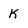
Character: K